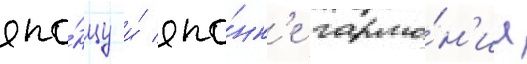
япо́нцу и́ япо́нк'е гармо́н'ии